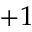
+ 1